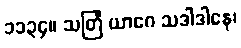
၁၁၃၄။ သတြံ ယာဂေ သဒါဒါနေ၊